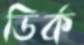
ডির্ক